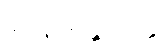
ခိပ္ပနိသန္တိသုတ္တံ